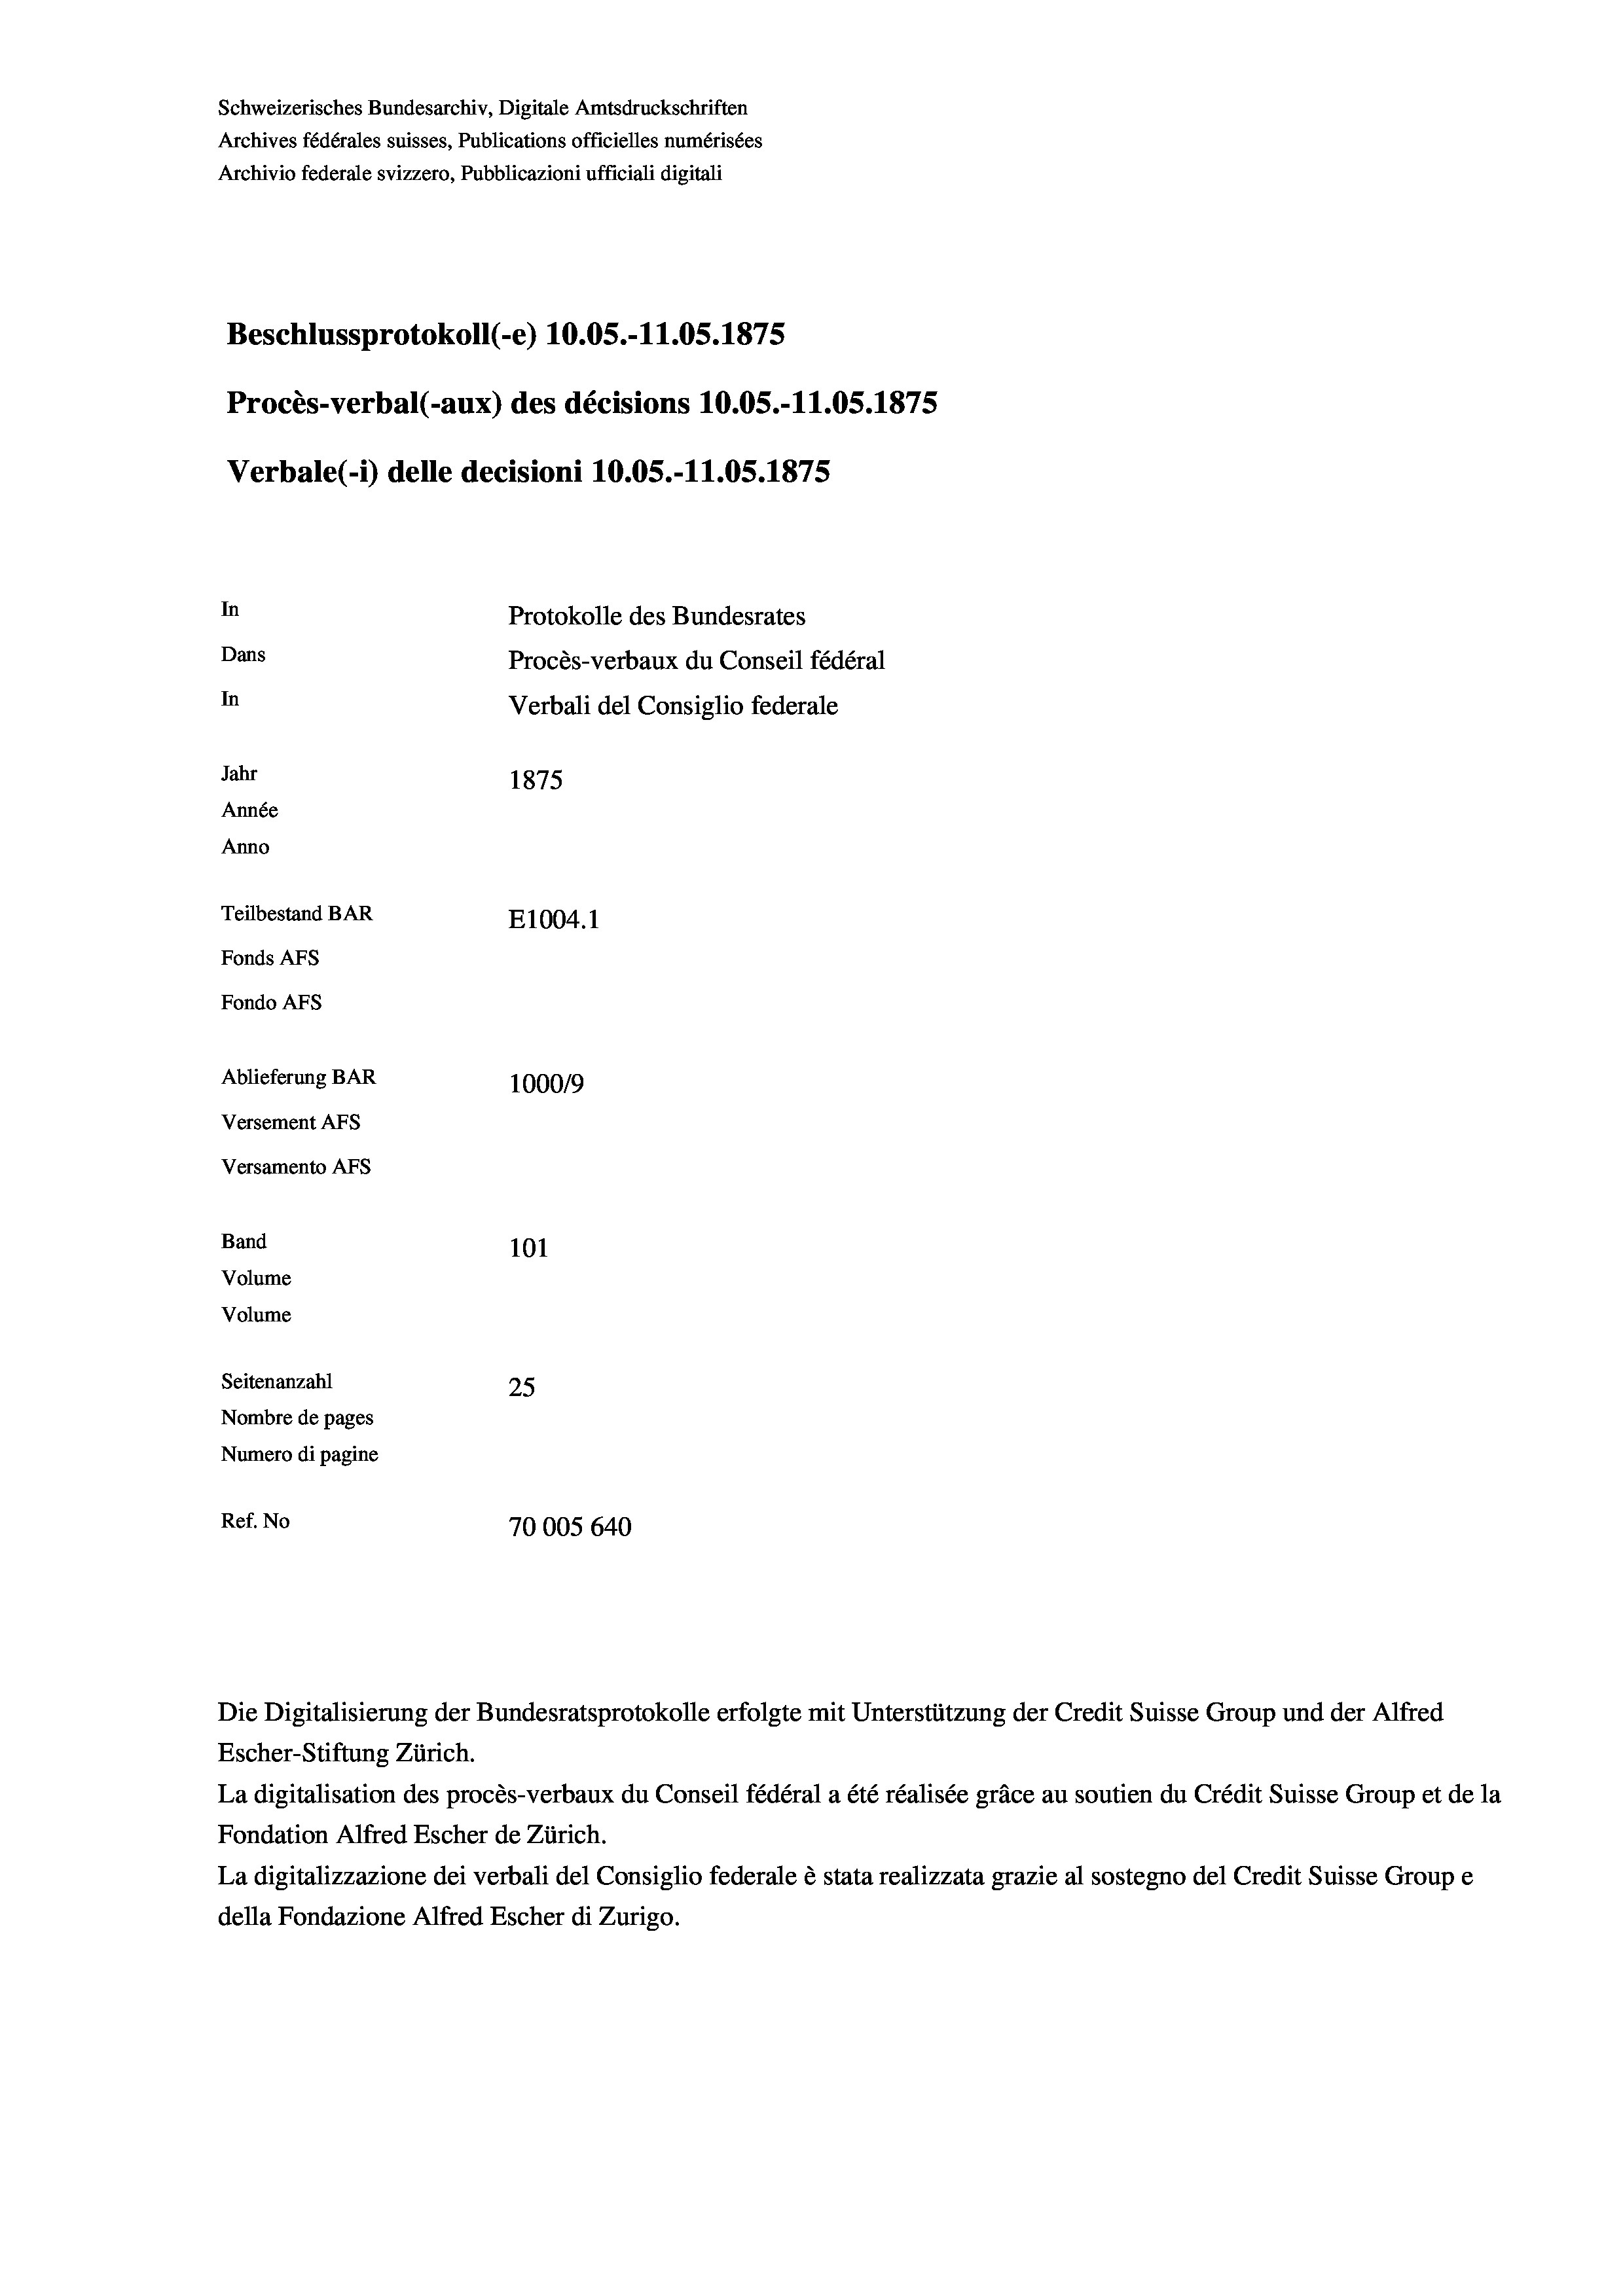
Schweizerisches Bundesarchiv, Digitale Amtsdruckschriften
Archives fédérales suisses, Publications officielles numérisées
Archivio federale svizzero, Pubblicazioni ufficiali digitali
Beschlussprotokoll (-e) 10.05.-11.05. 1875
Procès-verbal (-aux) des décisions 10.05.-11.05. 1875
Verbale(-*) delle decisioni 10.05.-11.05. 1875
In
Protokolle des Bundesrates
Dans
Procès-verbaux du Conseil fédéral
In
Verbali del Consiglio federale
Jahr
1875
Année
Anno
Teilbestand BAR
E1004. 1
Fonds AFs
Fondo AFs
Ablieferung BAR
100019
Versement AFs
Versamento Afs
Band
101
Volume
Volume

Seitenanzahl
25
Nombre de pages
Numero di pagine
Ref. No
70005640

Die Digitalisierung der Bundesratsprotokolle erfolgte mit Unterstützung der Credit Suisse Group und der Alfred
Escher-Stiftung Zürich.
La digitalisation des procès-verbaux du Conseil fédéral a été réalisée gräce au soutien du Crédit Suisse Group et de la
Fondation Alfred Escher de Zürich.
La digitalizzazione dei verbali del Consiglio federale è stata realizzata grazie al sostegno del Credit Suisse Groupe
della Fondazione Alfred Escher di Zurigo.